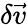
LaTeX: \delta\vec{v}